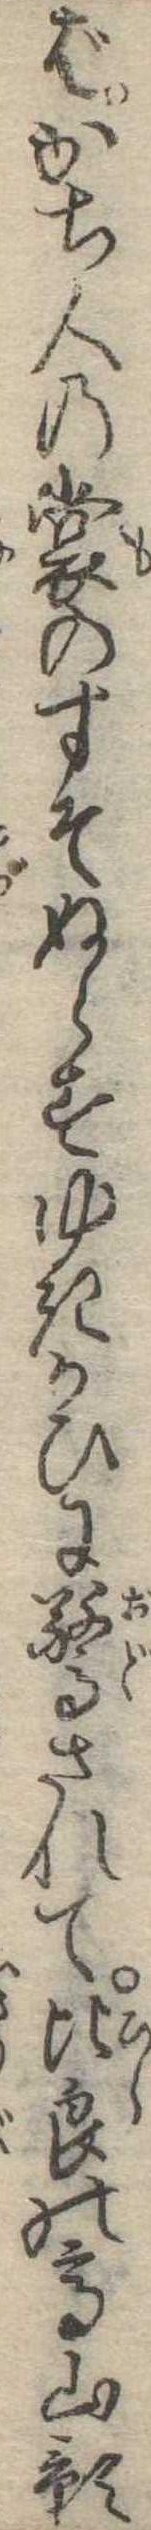
ばかち人の裳のすそぬらすゆきかひに驚されて比良の高山影